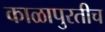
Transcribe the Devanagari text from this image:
काळापुरतीच